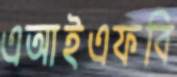
এআইএফবি